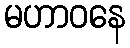
မဟာဝနေ